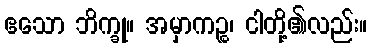
ဧသော ဘိက္ခု။ အမှာကဉ္စ၊ ငါတို့၏လည်း။